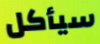
سيأكل